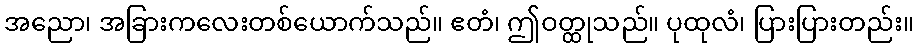
အညော၊ အခြားကလေးတစ်ယောက်သည်။ ဧတံ၊ ဤဝတ္ထုသည်။ ပုထုလံ၊ ပြားပြားတည်း။